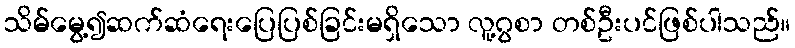
သိမ်မွေ့၍ဆက်ဆံရေးပြေပြစ်ခြင်းမရှိသော လူ့ဂွစာ တစ်ဦးပင်ဖြစ်ပါသည်။